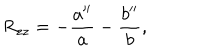
R _ { z z } = - { \frac { a ^ { \prime \prime } } { a } } - { \frac { b ^ { \prime \prime } } { b } } ,